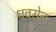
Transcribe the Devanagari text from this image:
ध्रुवसेन